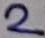
Text: 2